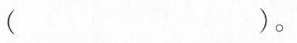
（ ）。